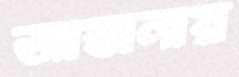
আস্তানায়